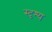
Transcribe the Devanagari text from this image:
स्दृश्य